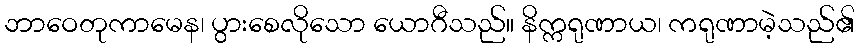
ဘာဝေတုကာမေန၊ ပွားစေလိုသော ယောဂီသည်။ နိက္ကရုဏာယ၊ ကရုဏာမဲ့သည်၏